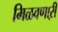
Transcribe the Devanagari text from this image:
मिळवणाऱी